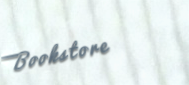
Bookstore